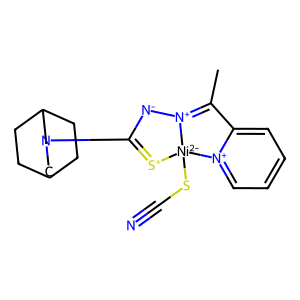
SMILES: CC1=[N+]2[N-]C(N3CC4CCC(CC4)C3)=[S+][Ni-2]2(SC#N)[n+]2ccccc21
Inhibits HIV replication: No